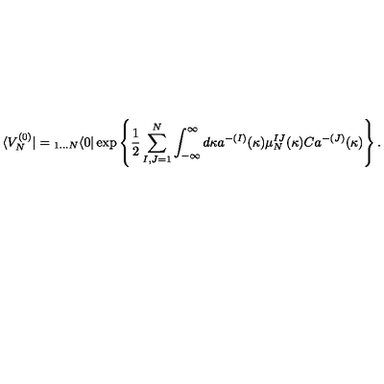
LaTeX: \langle V _ { N } ^ { ( 0 ) } | = { } _ { 1 \dots N } \langle 0 | \exp \left\{ \frac { 1 } { 2 } \sum _ { I , J = 1 } ^ { N } \int _ { - \infty } ^ { \infty } d \kappa a ^ { - ( I ) } ( \kappa ) \mu _ { N } ^ { I J } ( \kappa ) C a ^ { - ( J ) } ( \kappa ) \right\} .